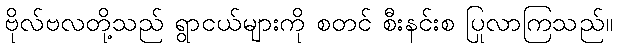
ဗိုလ်ဗလတို့သည် ရွာငယ်များကို စတင် စီးနင်းစ ပြုလာကြသည်။